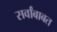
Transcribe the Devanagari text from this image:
सर्वांबाबत